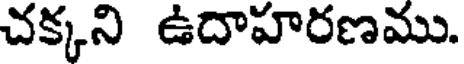
చక్కని ఉదాహరణము.